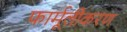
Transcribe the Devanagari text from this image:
फार्मूलीकरण